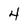
Character: 4